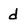
Character: d